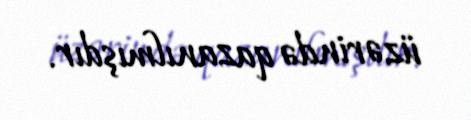
üzərində qazanılmışdır.